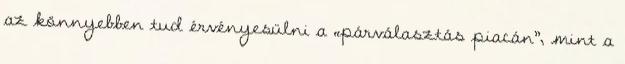
az könnyebben tud érvényesülni a „párválasztás piacán”, mint a